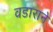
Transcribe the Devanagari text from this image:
वडाराने